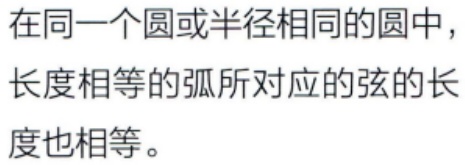
在同一个圆或半径相同的圆中，长度相等的弧所对应的弦的长度也相等。